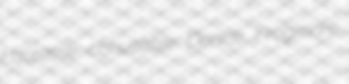
Lacrosse conusable Denice Frogmore